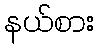
နယ်စား